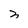
Character: 3